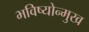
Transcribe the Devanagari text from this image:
भविष्योन्मुख